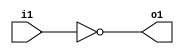
module inverter_gate(output o1,input i1);
not inverter_gate(o1,i1);
endmodule